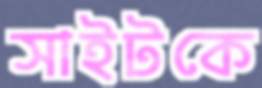
সাইটকে